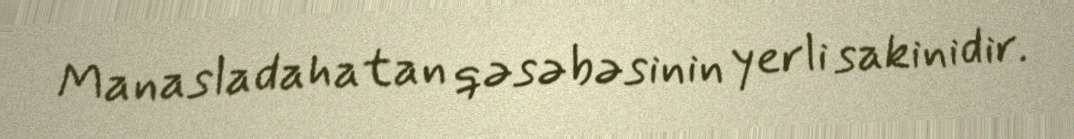
Manasladahatan qəsəbəsinin yerli sakinidir.